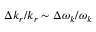
\Delta k _ { r } / k _ { r } \sim \Delta \omega _ { k } / \omega _ { k }